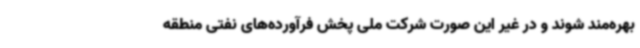
بهره‌مند شوند و در غیر این صورت شرکت ملی پخش فرآورده‌های نفتی منطقه